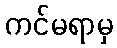
ကင်မရာမှ